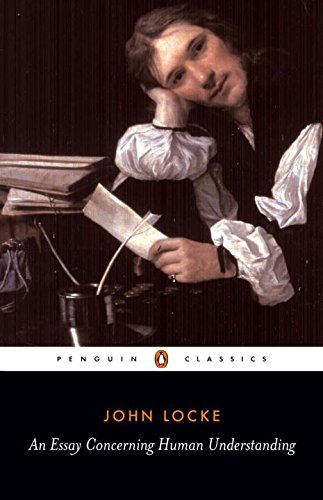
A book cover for An Essay Concerning Human Understanding (Penguin Classics); John Locke; Politics & Social Sciences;